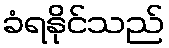
ခံရနိုင်သည်